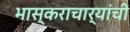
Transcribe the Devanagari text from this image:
भास्कराचार्यांची